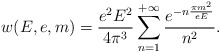
\begin{align*}w(E,e,m)=\frac{e^{2}E^{2}}{4\pi ^{3}}\sum _{n=1}^{+\infty }\frac{e^{-n\frac{\pi m^{2}}{eE}}}{n^{2}}.\end{align*}